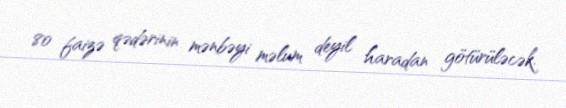
80 faizə qədərinin mənbəyi məlum deyil haradan götürüləcək.